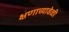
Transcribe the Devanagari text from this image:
क्षणाच्यावेळी